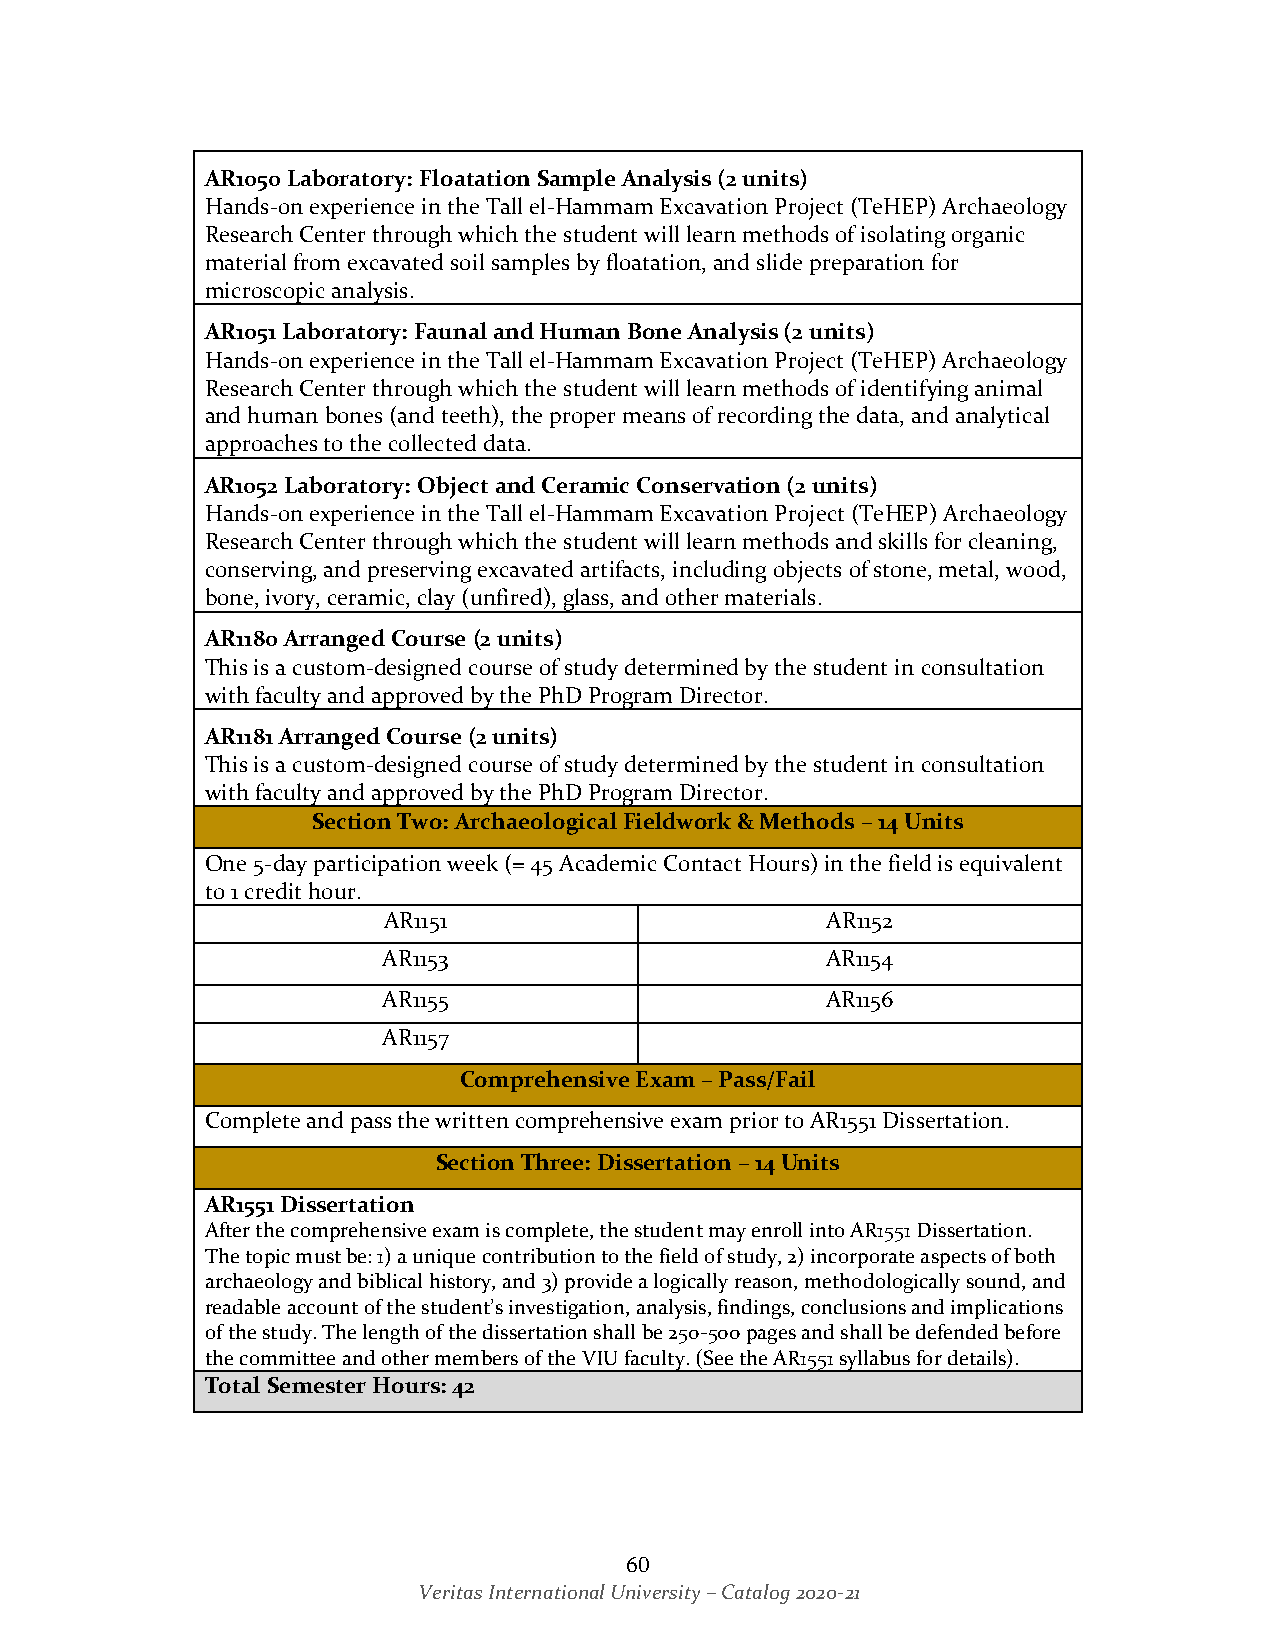
AR1050 Laboratory: Floatation Sample Analysis (2 units)
 Hands-on experience in the Tall el-Hammam Excavation Project (TeHEP) Archaeology
 Research Center through which the student will learn methods of isolating organic
 material from excavated soil samples by floatation, and slide preparation for
 microscopic analysis.
 AR1051 Laboratory: Faunal and Human Bone Analysis (2 units)
 Hands-on experience in the Tall el-Hammam Excavation Project (TeHEP) Archaeology
 Research Center through which the student will learn methods of identifying animal
 and human bones (and teeth), the proper means of recording the data, and analytical
 approaches to the collected data.
 AR1052 Laboratory: Object and Ceramic Conservation (2 units)
 Hands-on experience in the Tall el-Hammam Excavation Project (TeHEP) Archaeology
 Research Center through which the student will learn methods and skills for cleaning,
 conserving, and preserving excavated artifacts, including objects of stone, metal, wood,
 bone, ivory, ceramic, clay (unfired), glass, and other materials.
 AR1180 Arranged Course (2 units)
 This is a custom-designed course of study determined by the student in consultation
 with faculty and approved by the PhD Program Director.
 AR1181 Arranged Course (2 units)
 This is a custom-designed course of study determined by the student in consultation
 with faculty and approved by the PhD Program Director.
 Section Two: Archaeological Fieldwork & Methods – 14 Units
 One 5-day participation week (= 45 Academic Contact Hours) in the field is equivalent
 to 1 credit hour.
 AR1151                        AR1152
 AR1153                        AR1154
 AR1155                        AR1156
 AR1157
 Comprehensive Exam – Pass/Fail
 Complete and pass the written comprehensive exam prior to AR1551 Dissertation.
 Section Three: Dissertation – 14 Units
 AR1551 Dissertation
 After the comprehensive exam is complete, the student may enroll into AR1551 Dissertation.
 The topic must be: 1) a unique contribution to the field of study, 2) incorporate aspects of both
 archaeology and biblical history, and 3) provide a logically reason, methodologically sound, and
 readable account of the student’s investigation, analysis, findings, conclusions and implications
 of the study. The length of the dissertation shall be 250-500 pages and shall be defended before
 the committee and other members of the VIU faculty. (See the AR1551 syllabus for details).
 Total Semester Hours: 42
 60
 Veritas International University – Catalog 2020-21